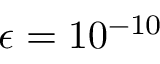
\epsilon = 1 0 ^ { - 1 0 }